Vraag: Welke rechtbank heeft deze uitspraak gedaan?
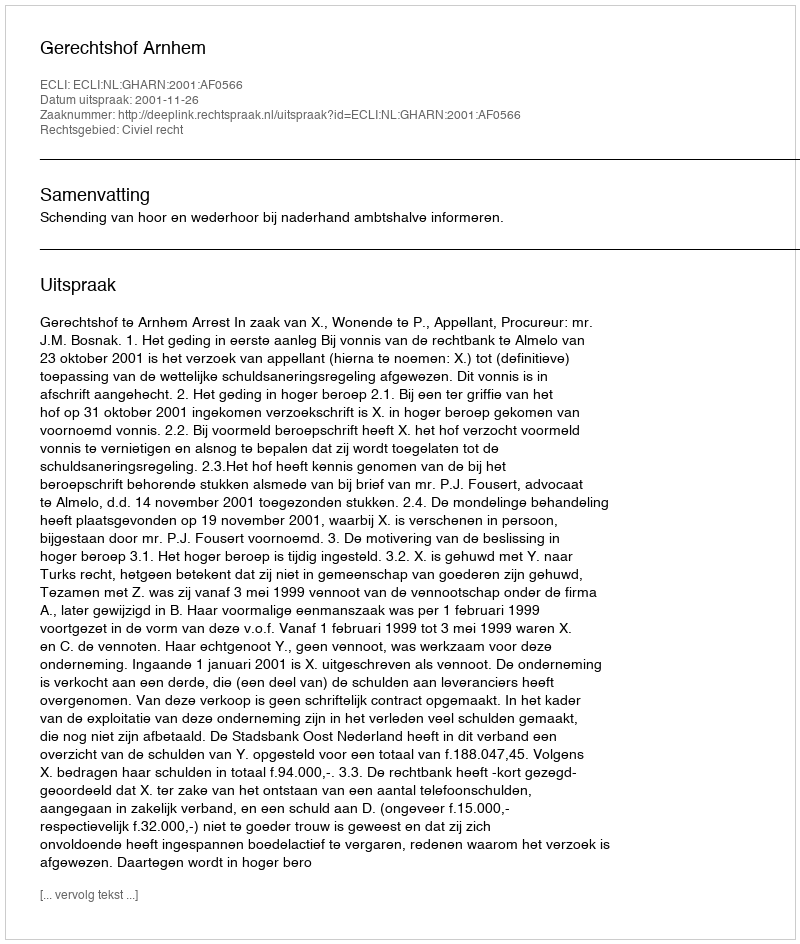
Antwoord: Gerechtshof Arnhem